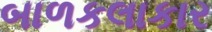
બાળકલાકાર